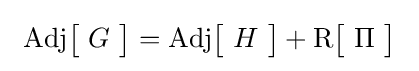
\ \mathrm {Adj} {\bigl [}\ G\ {\bigr ]}=\mathrm {Adj} {\bigl [}\ H\ {\bigr ]}+\mathrm {R} {\bigl [}\ \Pi \ {\bigr ]}\